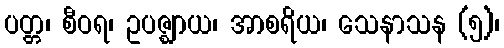
ပတ္တ၊ စီဝရ၊ ဥပဇ္ဈာယ၊ အာစရိယ၊ သေနာသန (၅)၊